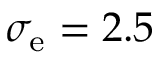
\sigma _ { \mathrm { e } } = 2 . 5